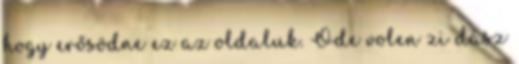
hogy erősödne ez az oldaluk. Ode volen zi dász